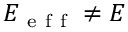
E _ { \mathrm { ~ e ~ f ~ f ~ } } \neq E